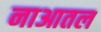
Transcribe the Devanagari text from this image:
नाआतल